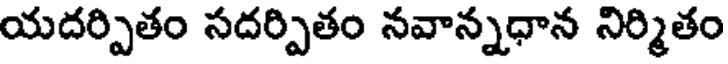
యదర్పితం సదర్పితం నవాన్నధాన నిర్మితం